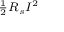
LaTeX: \scriptstyle { { \frac { 1 } { 2 } } R _ { s } I ^ { 2 } }